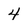
Character: 4